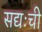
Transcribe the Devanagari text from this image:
सद्यःची